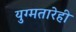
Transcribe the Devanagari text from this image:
युग्मतारेही